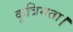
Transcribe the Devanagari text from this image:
कृत्रिमता।